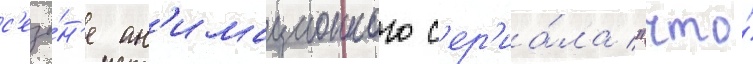
с'езо́н'е ан'имационного с'ер'иа́ла "что́